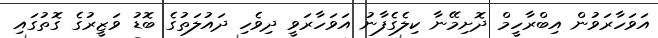
އަވަހާރަވުން އިބްރާހީމް ދޮށިމޭނާ ކިލެގެފާނު އަވަހާރަވީ ދިވެހި ދައުލަތުގެ ބޮޑު ވަޒީރުގެ ގޮތުގައި